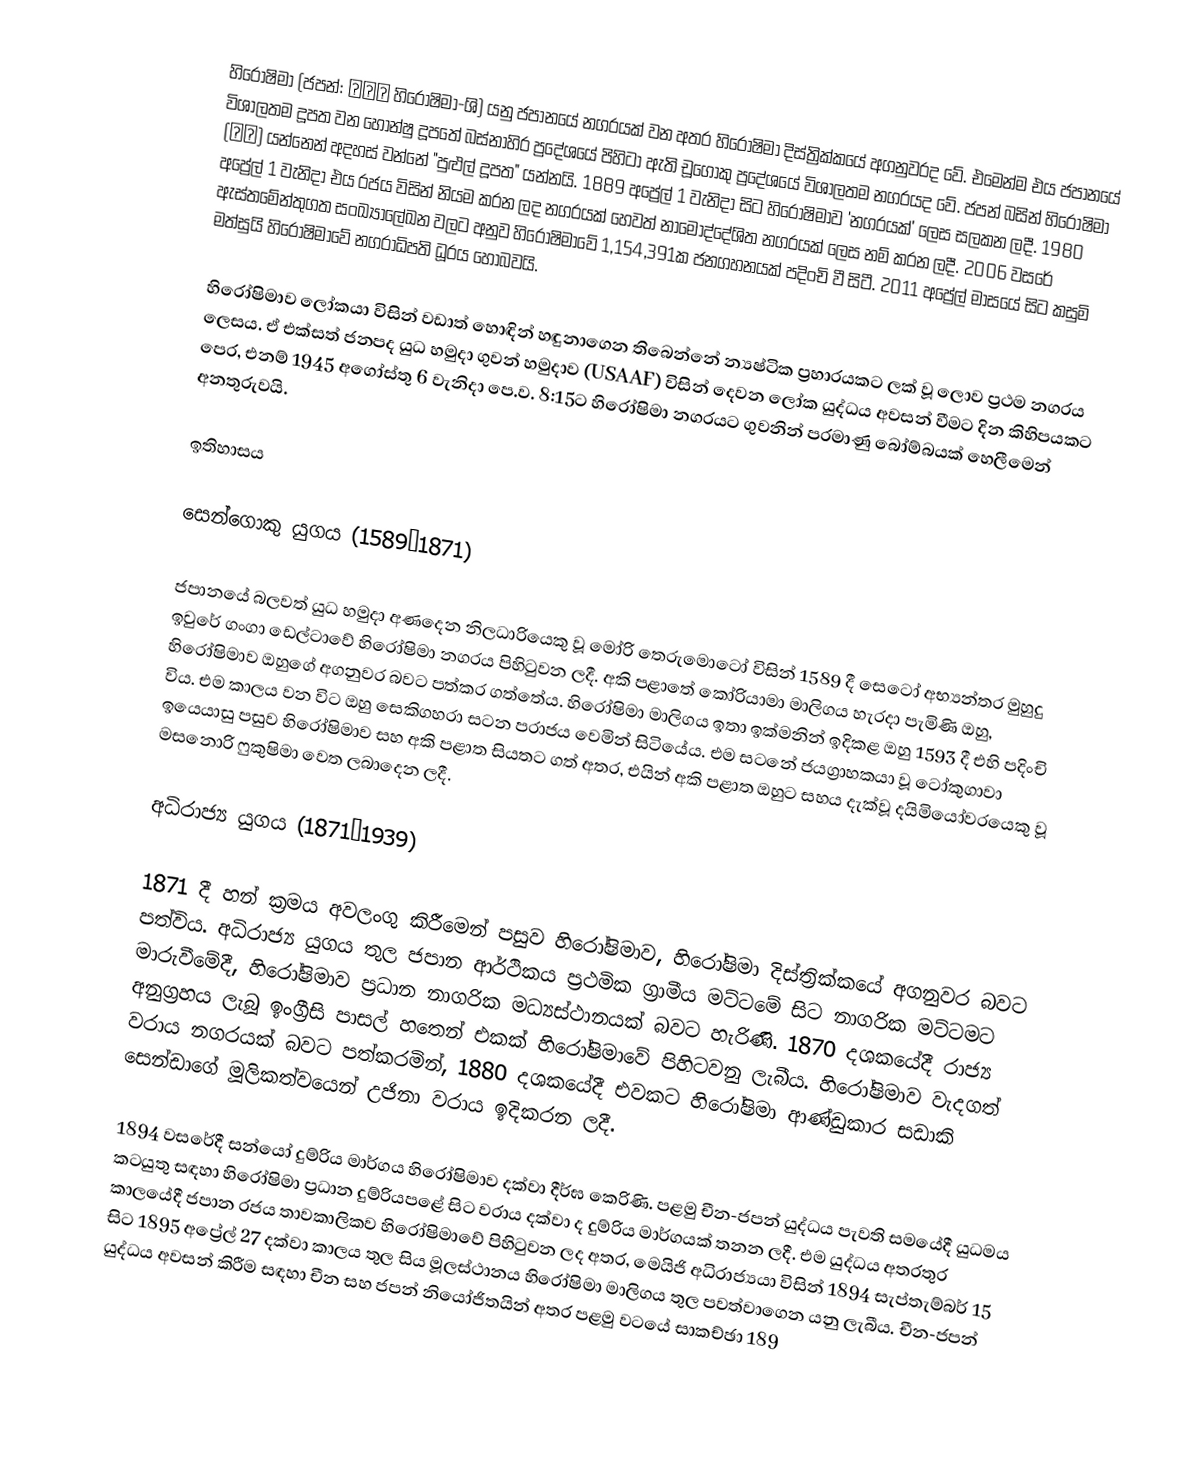
හිරෝෂිමා (ජපන්:  広島市 හිරොෂිමා-ශි) යනු ජපානයේ නගරයක් වන අතර හිරෝෂිමා දිස්ත්‍රික්කයේ අගනුවරද වේ. එමෙන්ම එය ජපානයේ විශාලතම දූපත වන හොන්ෂු දූපතේ බස්නාහිර ප්‍රදේශයේ පිහිටා ඇති චූගොකු ප්‍රදේශයේ විශාලතම නගරයද වේ. ජපන් බසින් හිරෝෂිමා (広島) යන්නෙන් අදහස් වන්නේ "පුළුල් දූපත" යන්නයි. 1889 අප්‍රේල් 1 වැනිදා සිට හිරෝෂිමාව 'නගරයක්' ලෙස සලකන ලදී. 1980 අප්‍රේල් 1 වැනිදා එය රජය විසින් නියම කරන ලද නගරයක් හෙවත් නාමෝද්දේශිත නගරයක් ලෙස නම් කරන ලදී. 2006 වසරේ ඇස්තමේන්තුගත සංඛ්‍යාලේඛන වලට අනුව හිරෝෂිමාවේ 1,154,391ක ජනගහනයක් පදිංචි වී සිටී. 2011 අප්‍රේල් මාසයේ සිට කසුමි මත්සුයි හිරෝෂිමාවේ නගරාධිපති ධූරය හොබවයි.

හිරෝෂිමාව ලෝකයා විසින් වඩාත් හොඳින් හඳුනාගෙන තිබෙන්නේ න්‍යෂ්ටික ප්‍රහාරයකට ලක් වූ ලොව ප්‍රථම නගරය ලෙසය. ඒ එක්සත් ජනපද යුධ හමුදා ගුවන් හමුදාව (USAAF) විසින් දෙවන ලෝක යුද්ධය අවසන් වීමට දින කිහිපයකට පෙර, එනම් 1945 අගෝස්තු 6 වැනිදා පෙ.ව. 8:15ට හිරෝෂිමා නගරයට ගුවනින් පරමාණු බෝම්බයක් හෙලීමෙන් අනතුරුවයි.

ඉතිහාසය

සෙන්ගොකු යුගය (1589–1871)

ජපානයේ බලවත් යුධ හමුදා අණදෙන නිලධාරියෙකු වූ මෝරි තෙරුමොටෝ විසින් 1589 දී සෙටෝ අභ්‍යන්තර මුහුදු ඉවුරේ ගංගා ඩෙල්ටාවේ හිරෝෂිමා නගරය පිහිටුවන ලදී. අකි පළාතේ කෝරියාමා මාලිගය හැරදා පැමිණි ඔහු, හිරෝෂිමාව ඔහුගේ අගනුවර බවට පත්කර ගත්තේය. හිරෝෂිමා මාලිගය ඉතා ඉක්මනින් ඉදිකළ ඔහු 1593 දී එහි පදිංචි විය. එම කාලය වන විට ඔහු සෙකිගහරා සටන පරාජය වෙමින් සිටියේය. එම සටනේ ජයග්‍රාහකයා වූ ටෝකුගාවා ඉයෙයාසු පසුව හිරෝෂිමාව සහ අකි පළාත සියතට ගත් අතර, එයින් අකි පළාත ඔහුට සහය දැක්වූ දයිමියෝවරයෙකු වූ මසනොරි ෆුකුෂිමා වෙත ලබාදෙන ලදී.

අධිරාජ්‍ය යුගය (1871–1939)

1871 දී හන් ක්‍රමය අවලංගු කිරීමෙන් පසුව හිරෝෂිමාව, හිරෝෂිමා දිස්ත්‍රික්කයේ අගනුවර බවට පත්විය. අධිරාජ්‍ය යුගය තුල ජපාන ආර්ථිකය ප්‍රථමික ග්‍රාමීය මට්ටමේ සිට නාගරික මට්ටමට මාරුවීමේදී, හිරෝෂිමාව ප්‍රධාන නාගරික මධ්‍යස්ථානයක් බවට හැරිණි. 1870 දශකයේදී රාජ්‍ය අනුග්‍රහය ලැබූ ඉංග්‍රීසි පාසල් හතෙන් එකක් හිරෝෂිමාවේ පිහිටවනු ලැබීය. හිරෝෂිමාව වැදගත් වරාය නගරයක් බවට පත්කරමින්, 1880 දශකයේදී එවකට හිරෝෂිමා ආණ්ඩුකාර සඩාකි සෙන්ඩාගේ  මූලිකත්වයෙන් උජිනා වරාය ඉදිකරන ලදී.

1894 වසරේදී සන්යෝ දුම්රිය මාර්ගය හිරෝෂිමාව දක්වා දීර්ඝ කෙරිණි. පළමු චීන-ජපන් යුද්ධය පැවති සමයේදී යුධමය කටයුතු සඳහා හිරෝෂිමා ප්‍රධාන දුම්රියපළේ සිට වරාය දක්වා ද දුම්රිය මාර්ගයක් තනන ලදී. එම යුද්ධය අතරතුර කාලයේදී ජපාන රජය තාවකාලිකව හිරෝෂිමාවේ පිහිටුවන ලද අතර, මෙයිජි අධිරාජ්‍යයා විසින් 1894 සැප්තැම්බර් 15 සිට 1895 අප්‍රේල් 27 දක්වා කාලය තුල සිය මූලස්ථානය හිරෝෂිමා මාලිගය තුල පවත්වාගෙන යනු ලැබීය. චීන-ජපන් යුද්ධය අවසන් කිරීම සඳහා චීන සහ ජපන් නියෝජිතයින් අතර පළමු වටයේ සාකච්ඡා 189